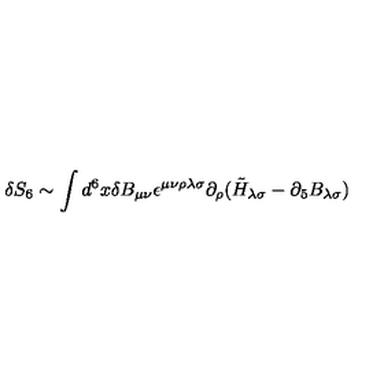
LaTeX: \delta S _ { 6 } \sim \int d ^ { 6 } x \delta B _ { \mu \nu } \epsilon ^ { \mu \nu \rho \lambda \sigma } \partial _ { \rho } ( \tilde { H } _ { \lambda \sigma } - \partial _ { 5 } B _ { \lambda \sigma } )